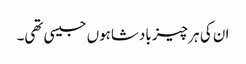
ان کی ہر چیز بادشاہوں جیسی تھی۔